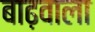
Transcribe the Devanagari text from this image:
बाढ़वाला